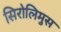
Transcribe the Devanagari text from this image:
सिरोलिमुस